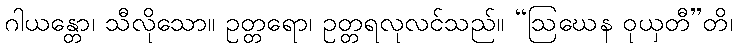
ဂါယန္တော၊ သီလိုသော။ ဥတ္တရော၊ ဥတ္တရလုလင်သည်။ “ဩဃေန ဝုယှတီ”တိ၊